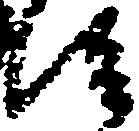
従